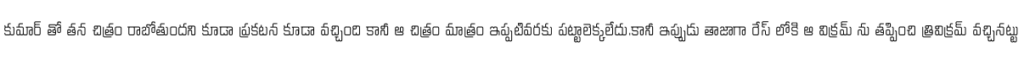
కుమార్ తో తన చిత్రం రాబోతుందని కూడా ప్రకటన కూడా వచ్చింది కానీ ఆ చిత్రం మాత్రం ఇప్పటివరకు పట్టాలెక్కలేదు.కానీ ఇప్పుడు తాజాగా రేస్ లోకి ఆ విక్రమ్ ను తప్పించి త్రివిక్రమ్ వచ్చినట్టు